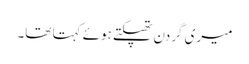
میری گردن تھپکتے ہوئے کہتا تھا۔